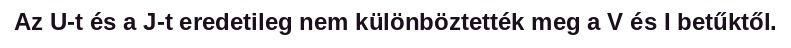
Az U-t és a J-t eredetileg nem különböztették meg a V és I betűktől.